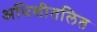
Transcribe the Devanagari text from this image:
अधिशीतलित